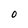
Character: O